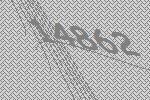
14862